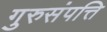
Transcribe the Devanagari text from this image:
गुरुसंपत्ति